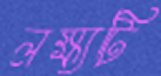
লক্ষ্যটি